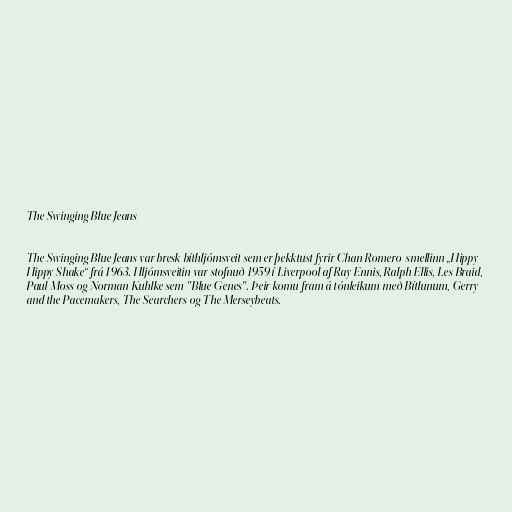
The Swinging Blue Jeans

The Swinging Blue Jeans var bresk bíthljómsveit sem er þekktust fyrir Chan Romero-smellinn „Hippy
Hippy Shake“ frá 1963. Hljómsveitin var stofnuð 1959 í Liverpool af Ray Ennis, Ralph Ellis, Les Braid,
Paul Moss og Norman Kuhlke sem "Blue Genes". Þeir komu fram á tónleikum með Bítlunum, Gerry
and the Pacemakers, The Searchers og The Merseybeats.